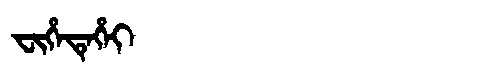
Manchu: ᠸᡳᡥᡝᡨᡝᡥᡝᡳ
Romanization: FIHETEHEI